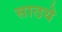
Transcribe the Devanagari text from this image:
साठये